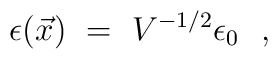
\epsilon(\vec x)~=~ V^{-1/2}\epsilon _0\ \ ,